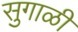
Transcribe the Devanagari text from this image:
सुगाळी